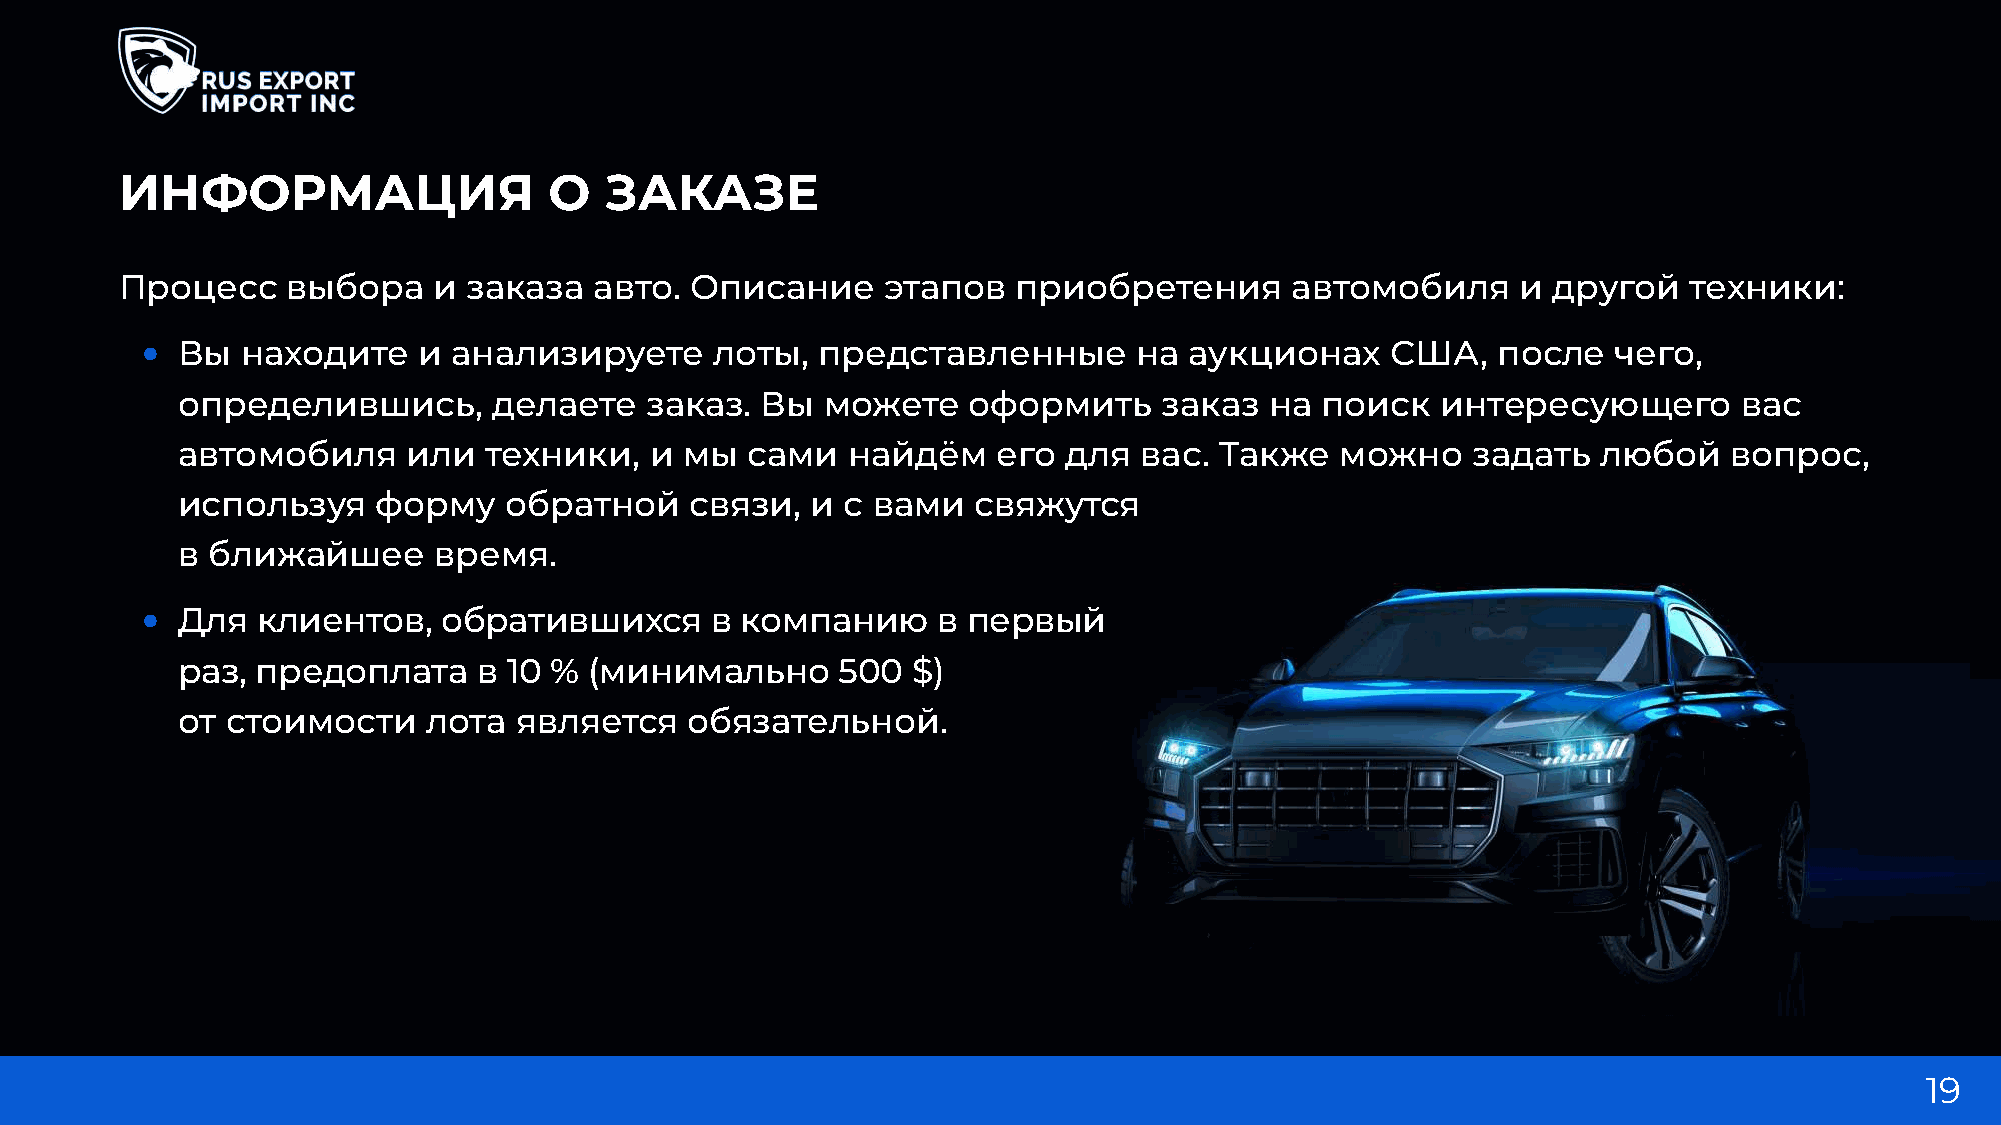
информация                  о   заказе
 Процесс    выбора    и заказа  авто.  Описание    этапов   приобретения      автомобиля      и другой   техники:
 •  Вы  находите    и анализируете     лоты,  представленные       на  аукционах    США,   после   чего,
 определившись,       делаете   заказ. Вы  можете    оформить     заказ  на поиск   интересующего       вас
 автомобиля     или  техники,   и мы  сами   найдём    его для  вас.  Также   можно   задать   любой   вопрос,
 используя    форму   обратной     связи,  и с вами  свяжутся
 в ближайшее      время.
 •  Для  клиентов,   обратившихся      в компанию     в первый
 раз, предоплата     в 10 % (минимально     500  $)
 от стоимости    лота  является   обязательной.
 19
 .